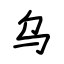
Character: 乌